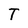
Character: T